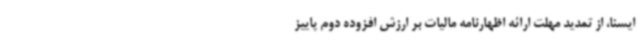
ایسنا، از تمدید مهلت ارائه اظهارنامه مالیات بر ارزش افزوده دوم پاییز